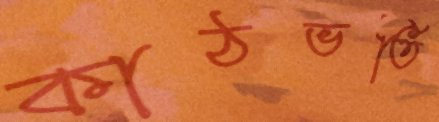
কাঠভর্তি